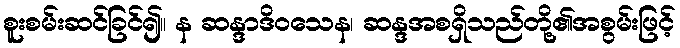
စူးစမ်းဆင်ခြင်၍။ န ဆန္ဒာဒိဝသေန၊ ဆန္ဒအစရှိသည်တို့၏အစွမ်းဖြင့်